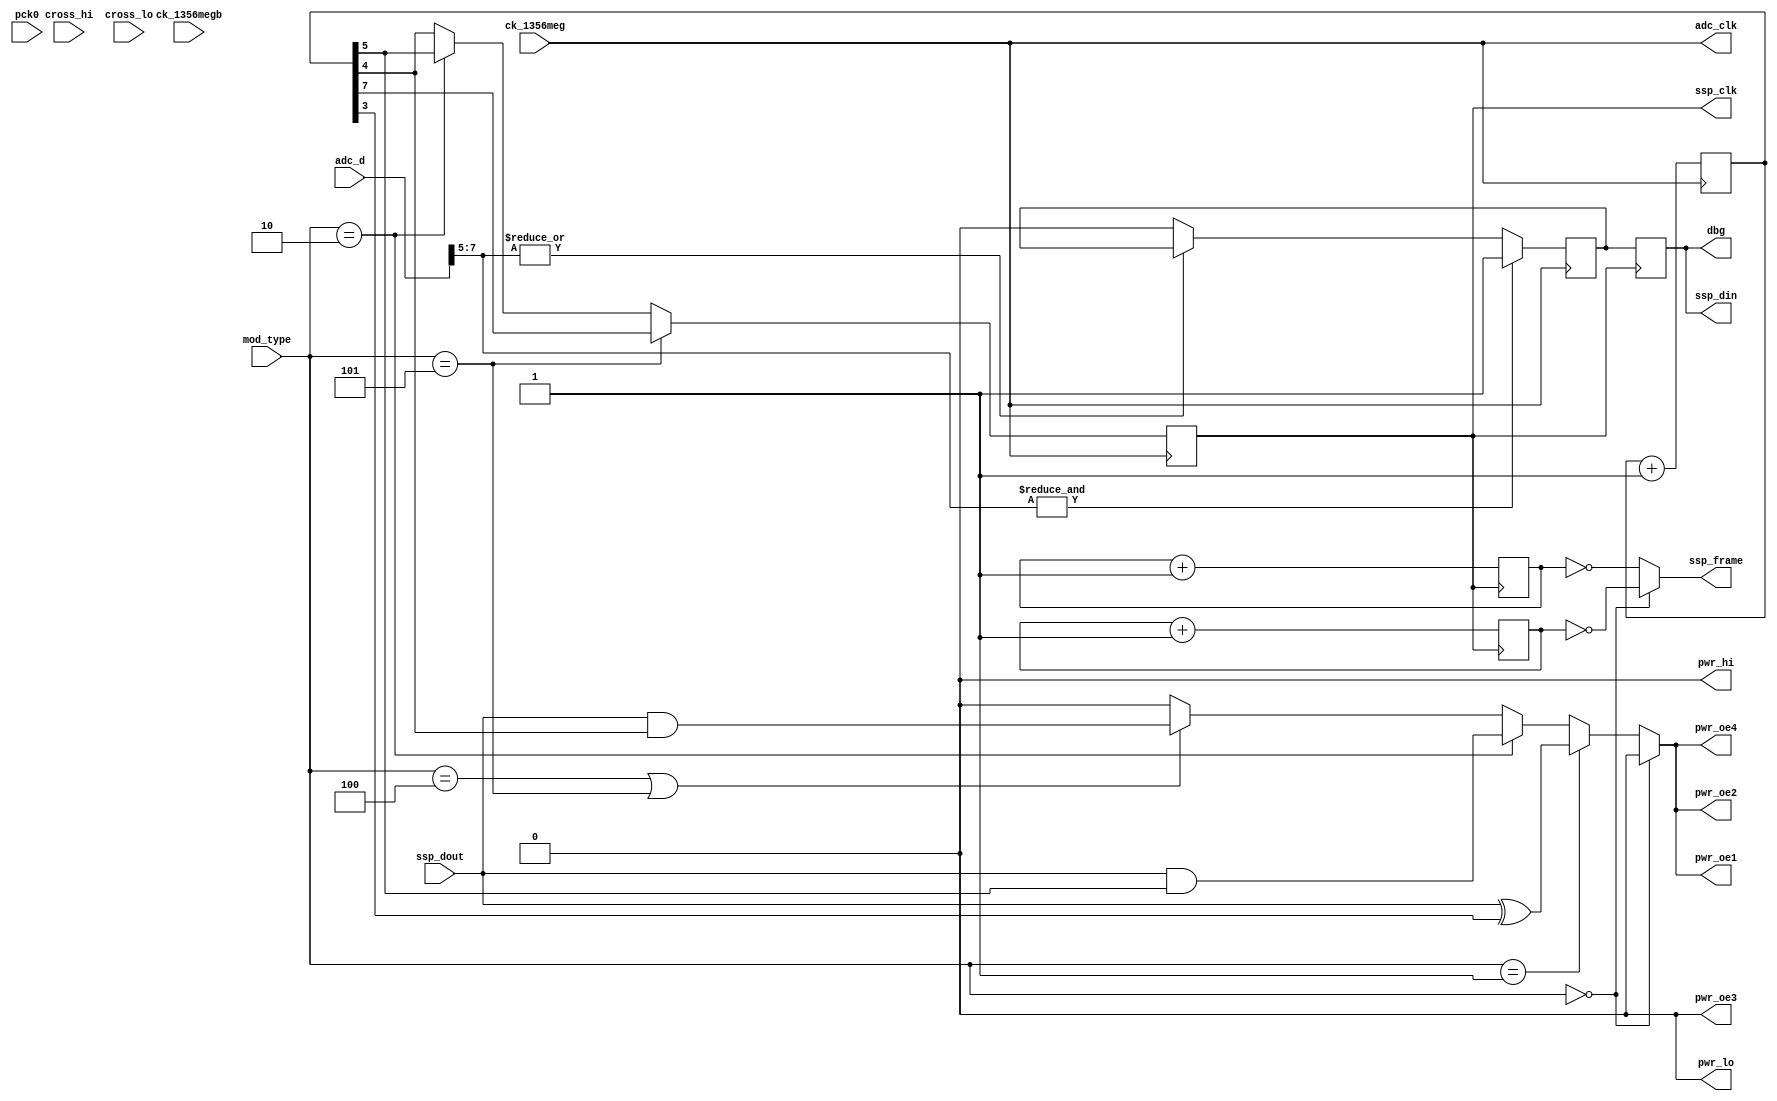
module hi_simulate(
    pck0, ck_1356meg, ck_1356megb,
    pwr_lo, pwr_hi, pwr_oe1, pwr_oe2, pwr_oe3, pwr_oe4,
    adc_d, adc_clk,
    ssp_frame, ssp_din, ssp_dout, ssp_clk,
    cross_hi, cross_lo,
    dbg,
    mod_type
);
    input pck0, ck_1356meg, ck_1356megb;
    output pwr_lo, pwr_hi, pwr_oe1, pwr_oe2, pwr_oe3, pwr_oe4;
    input [7:0] adc_d;
    output adc_clk;
    input ssp_dout;
    output ssp_frame, ssp_din, ssp_clk;
    input cross_hi, cross_lo;
    output dbg;
    input [2:0] mod_type;

// Power amp goes between LOW and tri-state, so pwr_hi (and pwr_lo) can
// always be low.
assign pwr_hi = 1'b0;
assign pwr_lo = 1'b0;

// The comparator with hysteresis on the output from the peak detector.
reg after_hysteresis;
assign adc_clk = ck_1356meg;

always @(negedge adc_clk)
begin
    if(& adc_d[7:5]) after_hysteresis = 1'b1;
    else if(~(| adc_d[7:5])) after_hysteresis = 1'b0;
end


// Divide 13.56 MHz to produce various frequencies for SSP_CLK
// and modulation. 11 bits allow for factors of up to /128.
reg [10:0] ssp_clk_divider;

always @(posedge adc_clk)
    ssp_clk_divider <= (ssp_clk_divider + 1);

reg ssp_clk;

always @(negedge adc_clk)
begin
    if(mod_type == 3'b101)
      // Get bit every at 53KHz (every 8th carrier bit of 424kHz)
      ssp_clk <= ssp_clk_divider[7];
    else if(mod_type == 3'b010)
      // Get next bit at 212kHz
      ssp_clk <= ssp_clk_divider[5];
    else
      // Get next bit at 424Khz
      ssp_clk <= ssp_clk_divider[4];
end


// Divide SSP_CLK by 8 to produce the byte framing signal; the phase of
// this is arbitrary, because it's just a bitstream.
// One nasty issue, though: I can't make it work with both rx and tx at
// once. The phase wrt ssp_clk must be changed. TODO to find out why
// that is and make a better fix.
reg [2:0] ssp_frame_divider_to_arm;
always @(posedge ssp_clk)
    ssp_frame_divider_to_arm <= (ssp_frame_divider_to_arm + 1);
reg [2:0] ssp_frame_divider_from_arm;
always @(negedge ssp_clk)
    ssp_frame_divider_from_arm <= (ssp_frame_divider_from_arm + 1);


reg ssp_frame;
always @(ssp_frame_divider_to_arm or ssp_frame_divider_from_arm or mod_type)
    if(mod_type == 3'b000) // not modulating, so listening, to ARM
        ssp_frame = (ssp_frame_divider_to_arm == 3'b000);
    else
        ssp_frame = (ssp_frame_divider_from_arm == 3'b000);

// Synchronize up the after-hysteresis signal, to produce DIN.
reg ssp_din;
always @(posedge ssp_clk)
    ssp_din = after_hysteresis;

// Modulating carrier frequency is fc/64 (212kHz) to fc/16 (848kHz). Reuse ssp_clk divider for that.
reg modulating_carrier;
always @(mod_type or ssp_clk or ssp_dout)
    if(mod_type == 3'b000)
        modulating_carrier <= 1'b0;                          // no modulation
    else if(mod_type == 3'b001)
        modulating_carrier <= ssp_dout ^ ssp_clk_divider[3]; // XOR means BPSK
    else if(mod_type == 3'b010)
        modulating_carrier <= ssp_dout & ssp_clk_divider[5]; // switch 212kHz subcarrier on/off
    else if(mod_type == 3'b100 || mod_type == 3'b101)
        modulating_carrier <= ssp_dout & ssp_clk_divider[4]; // switch 424kHz modulation on/off
    else
        modulating_carrier <= 1'b0;                           // yet unused

// This one is all LF, so doesn't matter
assign pwr_oe2 = modulating_carrier;

// Toggle only one of these, since we are already producing much deeper
// modulation than a real tag would.
assign pwr_oe1 = modulating_carrier;
assign pwr_oe4 = modulating_carrier;

// This one is always on, so that we can watch the carrier.
assign pwr_oe3 = 1'b0;

assign dbg = ssp_din;

endmodule